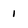
Character: 1